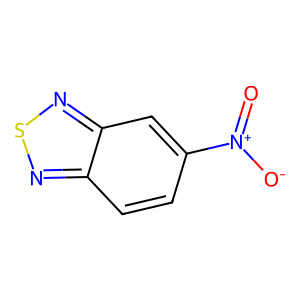
SMILES: O=[N+]([O-])c1ccc2nsnc2c1
Inhibits HIV replication: No